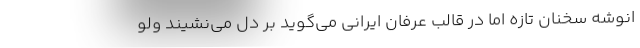
انوشه سخنان تازه اما در قالب عرفان ایرانی می‌گوید بر دل می‌نشیند ولو